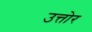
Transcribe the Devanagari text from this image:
उत्तोर